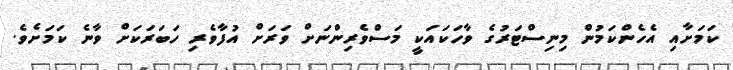
ކަމަށާއި އެހެންކަމުން މިނިސްޓަރުގެ ވާހަކައަކީ މަސްވެރިންނަށް ވަރަށް އުފާވެރި ހަބަރަކަށް ވާނެ ކަމަށެވެ.